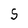
Character: S